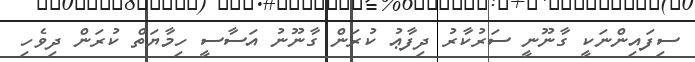
ސިފައިންނަކީ ގާނޫނީ ސަރުކާރު ދިފާޢު ކުރަން ގާނޫނު އަސާސީ ހިމާޔަތް ކުރަން ދިވެހި